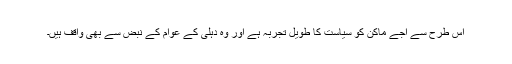
اس طرح سے اجے ماکن کو سیاست کا طویل تجربہ ہے اور وہ دہلی کے عوام کے نبض سے بھی واقف ہیں۔